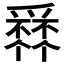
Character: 𤔹